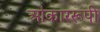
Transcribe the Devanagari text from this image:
ओंकाररूपी